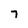
Character: 7